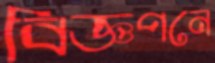
বিজ্ঞপনে